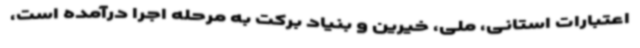
اعتبارات استانی، ملی، خیرین و بنیاد برکت به مرحله اجرا درآمده است،